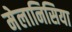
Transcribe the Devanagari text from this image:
मेलानिसिया